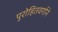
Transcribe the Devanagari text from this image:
पुरोहितवर्गाने